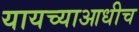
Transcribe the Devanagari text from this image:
यायच्याआधीच